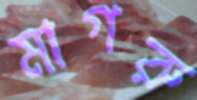
মাগরু